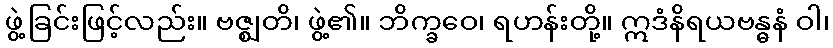
ဖွဲ့ခြင်းဖြင့်လည်း။ ဗဇ္ဈတိ၊ ဖွဲ့၏။ ဘိက္ခဝေ၊ ရဟန်းတို့။ ဣဒံနိရယဗန္ဓနံ ဝါ၊